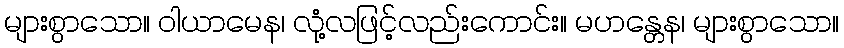
များစွာသော။ ဝါယာမေန၊ လုံ့လဖြင့်လည်းကောင်း။ မဟန္တေန၊ များစွာသော။